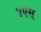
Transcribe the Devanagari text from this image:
४एस